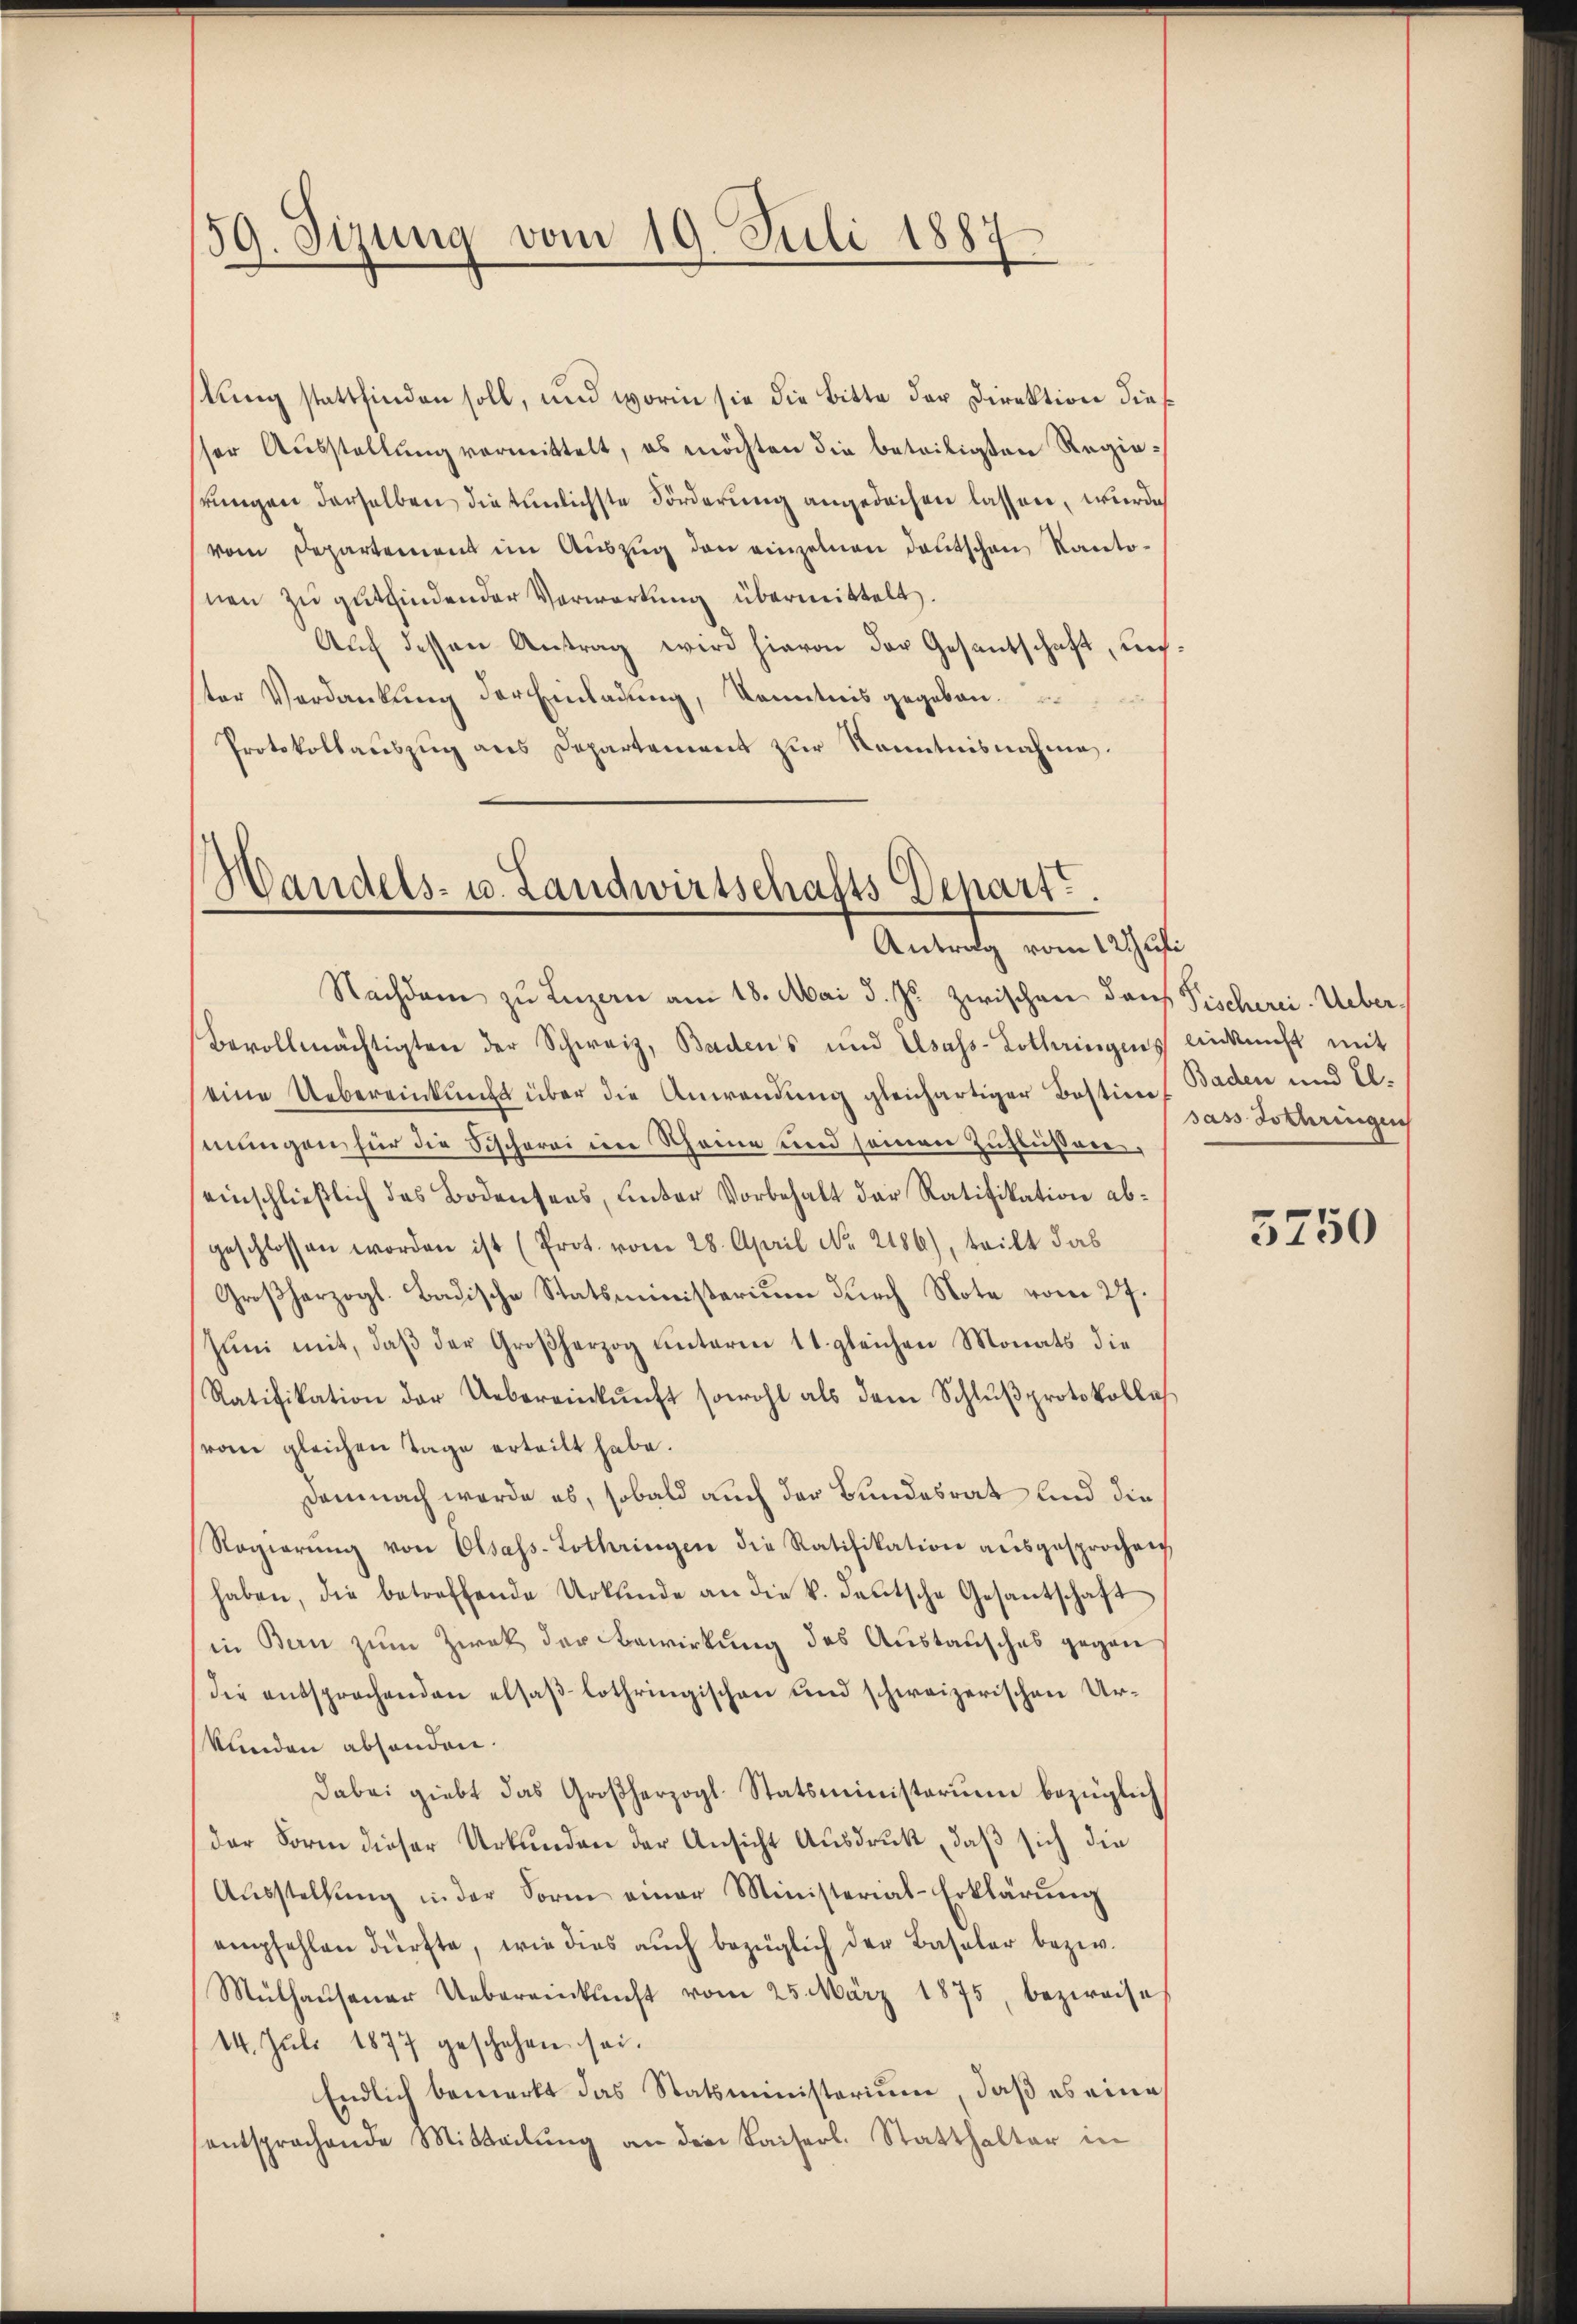
159. Sizung vom 19. Juli 1887

stung stattfinden soll, und worin sie die Bitte der Direktion diese
ser Ausstellung vormittelt, es möchten die beteiligten Regiehrungen derselben die einlichste Förderung angedachen lassen, wurde
vom Departement im Auszug den einzelnen Deutschen Kantosnen zu gutfindender Verwartung übermittelt.
Auch dessen Antrag wird hievon der Gesantschaft, unster Verdankung der Einladung, Kenntnis gegeben.
Protokollauszug aus Departement zur Kenntnisnahme.

Mandels- u. Landwirtschafts Depart.
Antrag vom 12 Juli

Nachdem zu Luzern am 18. Mai d. Js. zwischen Dans Fischerei. Ueber¬
Bevollmächtigten der Schweiz, Badens und Elsass-Lothringens anknicht mit
eine Uebereinkunft über die Anwendung gleichartiger Bestins Baden und E.
mungen für die Fischerei im Scheine und seinen Zuflüssen,
seinschlieβlich des Bodensees, unter Vorbehalt der Ratifikation abgeschlossen worden ist (Prot. vom 28. April No 2186), teilt das
Großherzogl. Badische Statsministerium durch Note vom 27.
Jŭni mit, daβ der Großherzog unterm 11. gleichen Monats die
Ratifikation der Uebereinkŭnft sowohl als dem Schlŭβprotokollas
(vom gleichen Tage erteilt habe.
Demnach werde es, sobald auch der Bundesrat und die
Regierŭng von Olsass-Lothringen die Ratifikation ausgesprochen
haben, die betreffende Urkunde an die k. deutsche Gesantschaft
in Bern zum Zwek der Bewirkung des Austausches gegen
Die entsprochenden elsaßlothringischen und schweizerischen Urkunden abhanden.
Dabei giebt das Großherzogl. Statsministerium bezüglich
der Form dieser Urkunden der Ansicht Ausdruck, daß sich die
Aŭsstellŭng in der Form einer Ministerial-Erklärŭng
empfehlen dürfte, wie dies auch bezüglich der Baseler bezw.
Mülhausener Uebereinkunft vom 25. März 1875, bezweife
14. Jŭli 1877 geschehen sei.
Endlich bemerkt das Statsministerium, daß es eine
entsprachende Mitteilung an dem Kaiserl. Statthalter in

sas Dothringen

5750